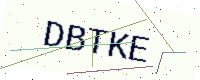
Text: DBTKE